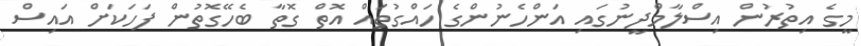
މީގެ އިތުރުން އިސްލާމްދީނުގައި އަންހެނުންގެ ހައްގުތައް އޮތް ގޮތާ ބެހޭގޮތުން ފަހަކަށް އައިސް